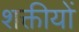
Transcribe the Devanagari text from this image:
शक्तीयों